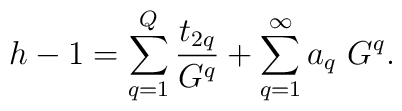
h-1 = \sum_{q=1}^Q{t_{2 q}\over G^q} +\sum_{q=1}^{\infty}a_q~G^q.